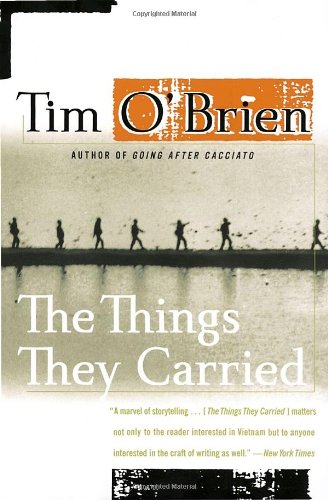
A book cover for The Things They Carried; Tim O'Brien; Literature & Fiction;